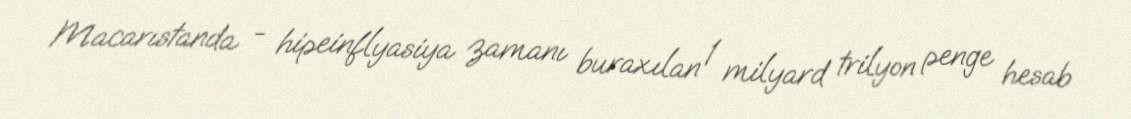
Macarıstanda - hipeinflyasiya zamanı buraxılan 1 milyard trilyon penge hesab